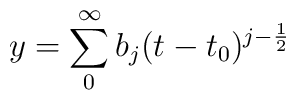
y=\sum_{0}^{\infty}b_{j}(t-t_{0})^{j-\frac{1}{2}}